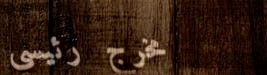
مخرج رئيسي